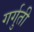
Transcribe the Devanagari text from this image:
गर्गुती